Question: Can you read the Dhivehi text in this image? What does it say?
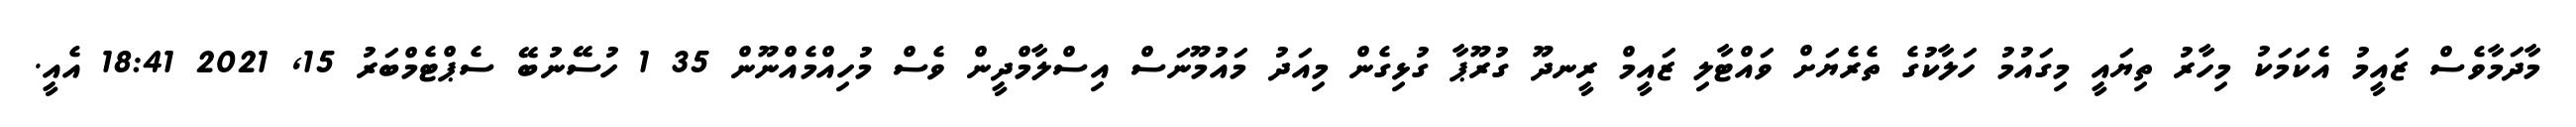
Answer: މާދަމާވެސް ޒައީމު އެކަމަކު މިހާރު ތިޔައީ މިގައުމު ހަލާކުގެ ތެރެޔަށް ވައްޓާލި ޒައީމް ރީނދޫ ގުރޫޕާ ގުޅިގެން މިއަދު މައުމޫނަސް އިސްލާމްދީން ވެސް މުހިއްމެއްނޫން 35 1 ހުސޭނުބޭ ސެޕްޓެމްބަރު 15, 2021 18:41 އެއީ.